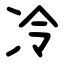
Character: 冷